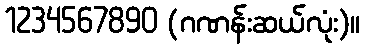
1234567890 (ဂဏန်းဆယ်လုံး)။